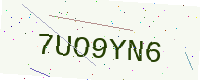
Text: 7UO9YN6